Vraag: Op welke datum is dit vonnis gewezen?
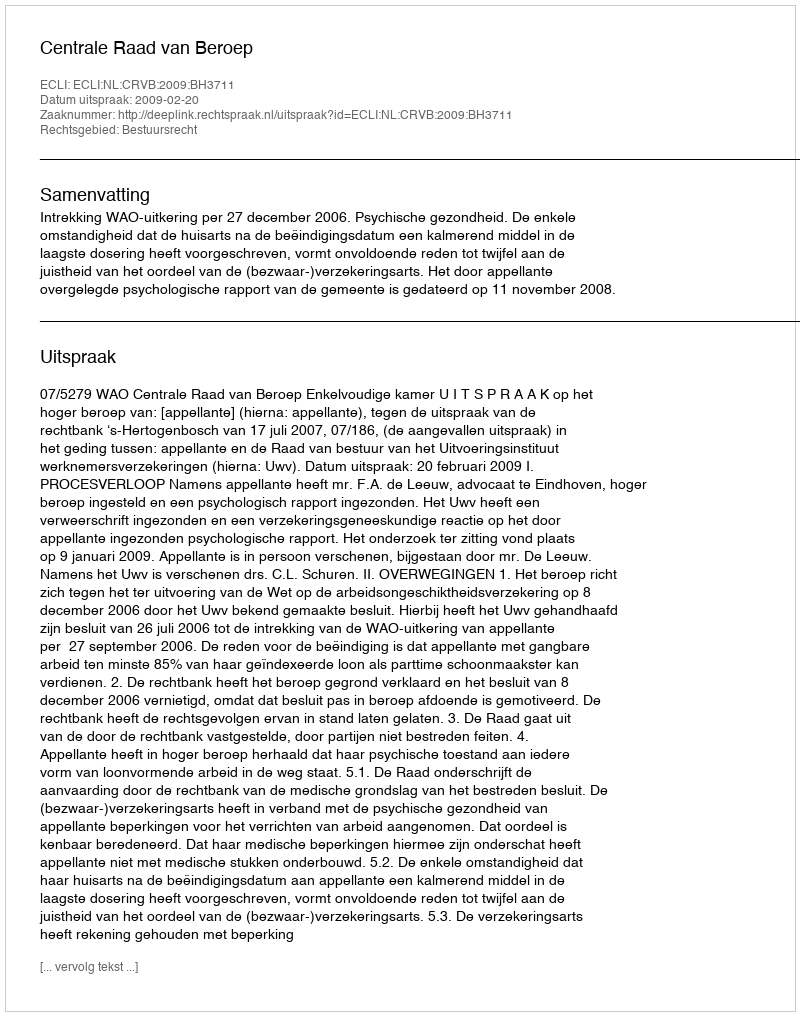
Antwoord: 2009-02-20